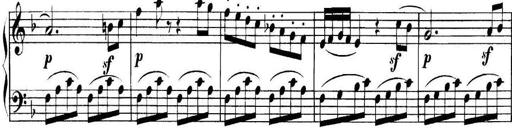
Title: Collected Piano Sonatas
Composer: Muzio Clementi